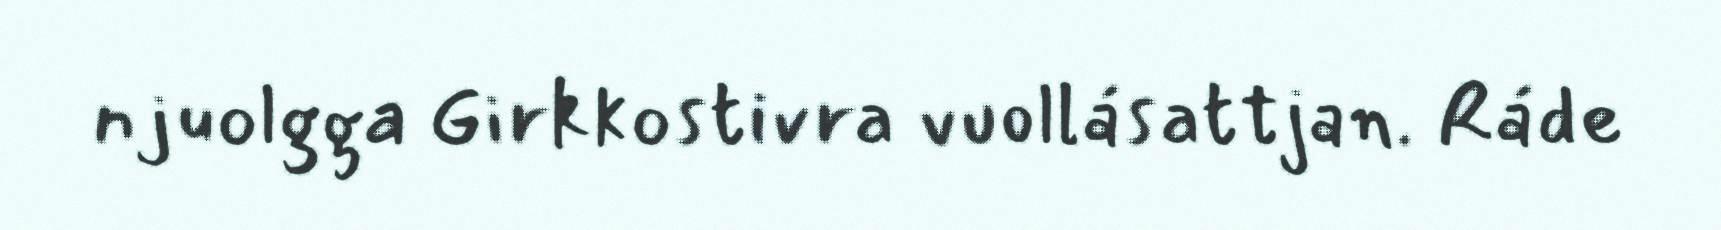
njuolgga Girkkostivra vuollásattjan. Ráde